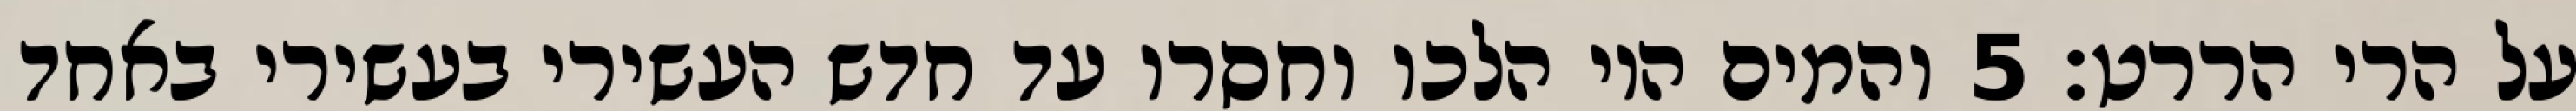
על הרי הררט׃ ‎5‏ והמים היו הלכו וחסרו עד חדש העשירי בעשירי באחד